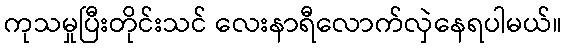
ကုသမှုပြီးတိုင်းသင် လေးနာရီလောက်လှဲနေရပါမယ်။